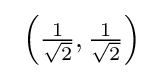
\ \left({\tfrac {1}{\sqrt {2}}},{\tfrac {1}{\sqrt {2}}}\right)\